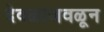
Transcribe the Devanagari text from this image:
देवळाजवळून